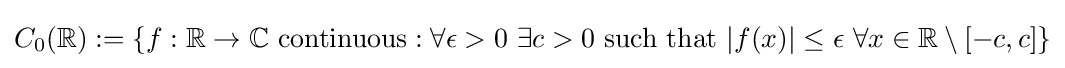
C_{0}(\mathbb {R} ):=\{f:\mathbb {R} \rightarrow \mathbb {C} {\text{ continuous}}:\forall \epsilon >0~\exists c>0{\text{ such that }}\vert f(x)\vert \leq \epsilon ~\forall x\in \mathbb {R} \setminus [-c,c]\}